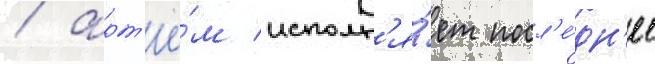
/ арт'ё́м исполн'я́ет посл'е́дн'ее